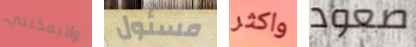
ولايمكنني مسئول واكثر صعود